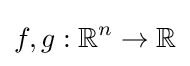
f,g:{\mathbb {R} }^{n}\rightarrow {\mathbb {R} }